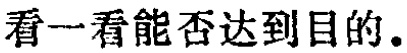
看一看能否达到目的.